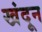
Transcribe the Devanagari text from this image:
खंदून